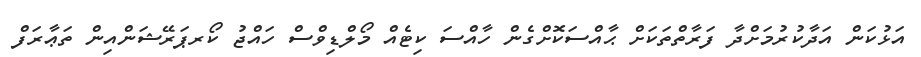
އަޅުކަން އަދާކުރުމަށްދާ ފަރާތްތަކަށް ޙާއްސަކޮށްގެން ހާއްސަ ކިޓެއް މޯލްޑިވްސް ހައްޖު ކޯރޕަރޭޝަންއިން ތަޢާރަފް